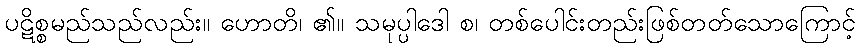
ပဋိစ္စမည်သည်လည်း။ ဟောတိ၊ ၏။ သမုပ္ပါဒေါ စ၊ တစ်ပေါင်းတည်းဖြစ်တတ်သောကြောင့်